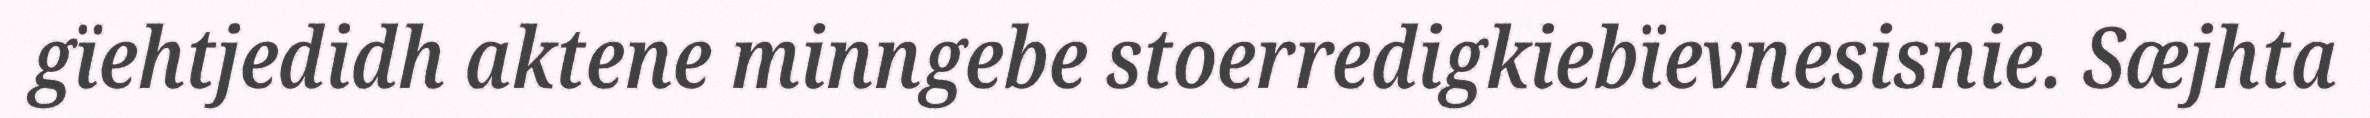
gïehtjedidh aktene minngebe stoerredigkiebïevnesisnie. Sæjhta